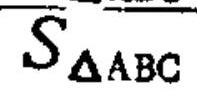
$S_{\Delta ABC}$